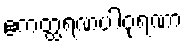
ဧကတ္ထရဏပါဝုရဏာ